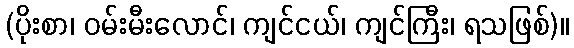
(ပိုးစာ၊ ဝမ်းမီးလောင်၊ ကျင်ငယ်၊ ကျင်ကြီး၊ ရသဖြစ်)။